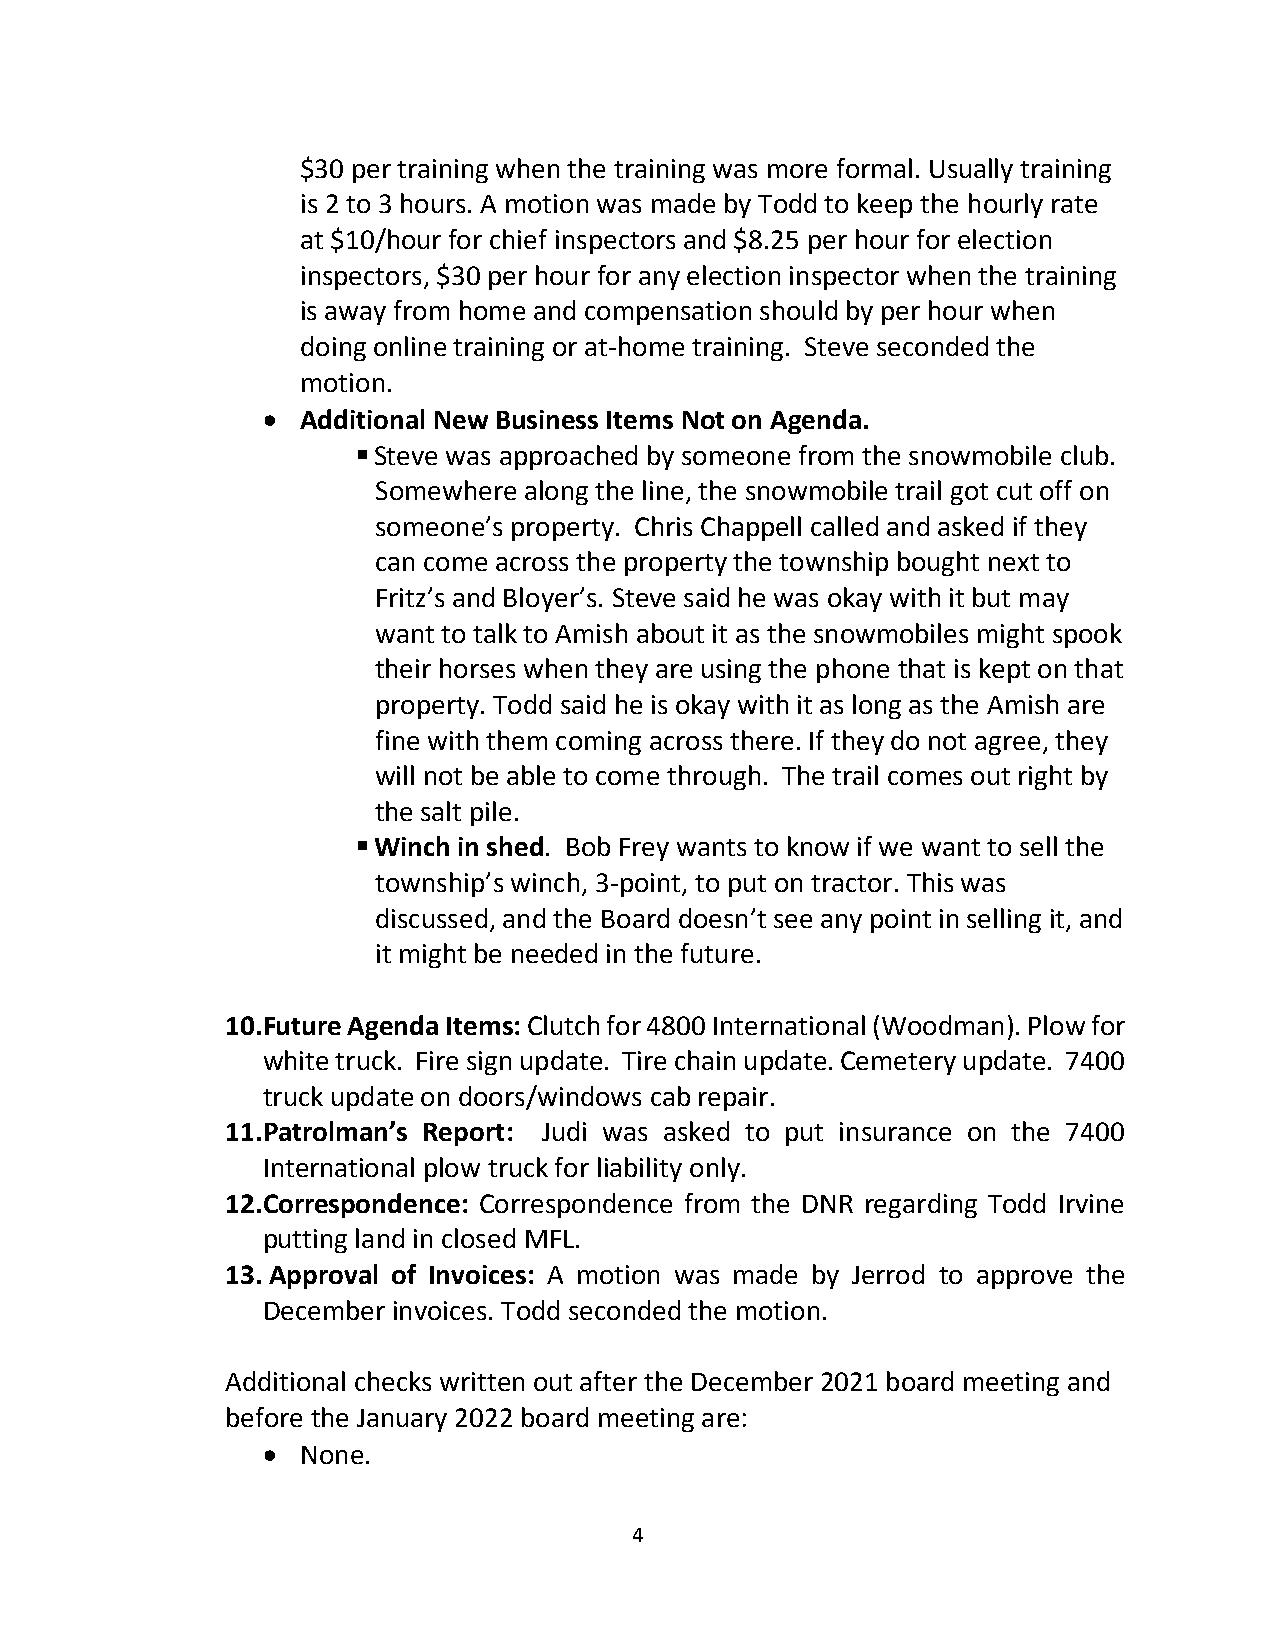
$30 per training when the training was more formal. Usually training
 is 2 to 3 hours. A motion was made by Todd to keep the hourly rate
 at $10/hour for chief inspectors and $8.25 per hour for election
 inspectors, $30 per hour for any election inspector when the training
 is away from home and compensation should by per hour when
 doing online training or at-home training. Steve seconded the
 motion.
   Additional New Business Items Not on Agenda.
  Steve was approached by someone from the snowmobile club.
 Somewhere along the line, the snowmobile trail got cut off on
 someone’s property. Chris Chappell called and asked if they
 can come across the property the township bought next to
 Fritz’s and Bloyer’s. Steve said he was okay with it but may
 want to talk to Amish about it as the snowmobiles might spook
 their horses when they are using the phone that is kept on that
 property. Todd said he is okay with it as long as the Amish are
 fine with them coming across there. If they do not agree, they
 will not be able to come through. The trail comes out right by
 the salt pile.
  Winch in shed. Bob Frey wants to know if we want to sell the
 township’s winch, 3-point, to put on tractor. This was
 discussed, and the Board doesn’t see any point in selling it, and
 it might be needed in the future.
 10. Future Agenda Items: Clutch for 4800 International (Woodman). Plow for
 white truck. Fire sign update. Tire chain update. Cemetery update. 7400
 truck update on doors/windows cab repair.
 11. Patrolman’s Report: Judi was asked to put insurance on the 7400
 International plow truck for liability only.
 12. Correspondence: Correspondence from the DNR regarding Todd Irvine
 putting land in closed MFL.
 13. Approval of Invoices: A motion was made by Jerrod to approve the
 December invoices. Todd seconded the motion.
 Additional checks written out after the December 2021 board meeting and
 before the January 2022 board meeting are:
   None.
 4